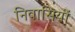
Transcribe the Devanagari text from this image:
निवासियों